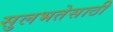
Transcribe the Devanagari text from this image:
सुलभतेसाठी